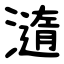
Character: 㵦